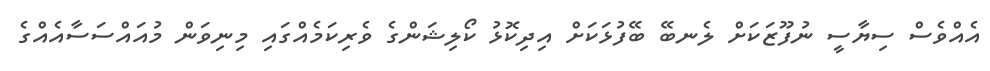
އެއްވެސް ސިޔާސީ ނުފޫޒަކަށް ލެނބޭ ބޭފުޅަކަށް އިދިކޮޅު ކޯލިޝަންގެ ވެރިކަމެއްގައި މިނިވަން މުއައްސަސާއެއްގެ